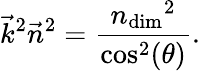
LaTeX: \vec{k}^{2}\vec{n}^{2}=\frac{{n_{\mathrm{dim}}}^{2}}{\cos^{2}(\theta)}.